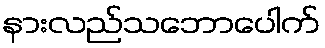
နားလည်သဘောပေါက်